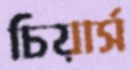
চিয়ার্স